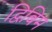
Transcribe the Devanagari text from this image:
द्विबिम